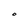
Character: O